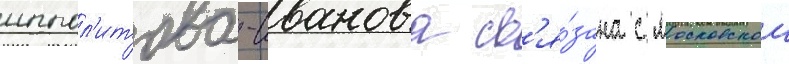
иппол'итова-иванова св'я́зана с московскои